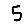
Digit: 5